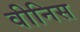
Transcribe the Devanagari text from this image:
वीनिस